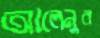
আলেনুর